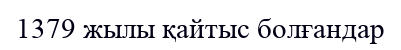
1379 жылы қайтыс болғандар